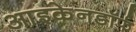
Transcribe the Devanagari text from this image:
आइकेनडॉर्फ